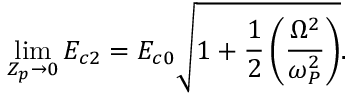
\operatorname* { l i m } _ { Z _ { p } \rightarrow 0 } E _ { c 2 } = E _ { c 0 } \sqrt { 1 + \frac { 1 } { 2 } \left( \frac { \Omega ^ { 2 } } { \omega _ { P } ^ { 2 } } \right) } .